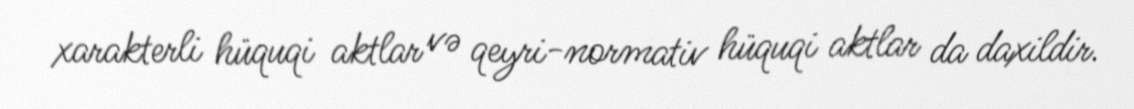
xarakterli hüquqi aktlar və qeyri-normativ hüquqi aktlar da daxildir.